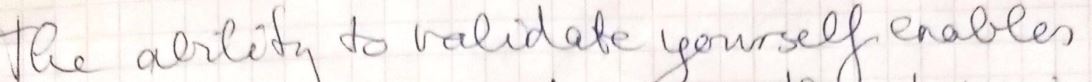
the ability to validate yourself enables